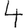
Digit: 4